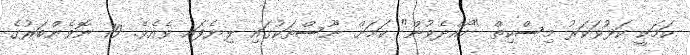
ކަމަކީ ކަޅުވަކަރު މިސްކިތް "ހޯއްދެވުން" ކަމަށް ނޫސްތަކުގައި ލިޔެފައި ވެއެވެ. 19 ނޮވެންބަރުގެ